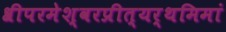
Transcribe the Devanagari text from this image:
श्रीपरमेश्वरप्रीत्यर्थमिमां